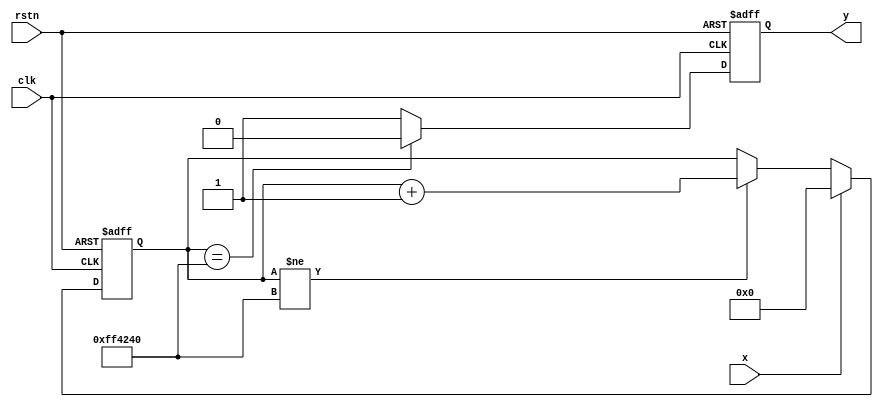
`timescale 1ns / 1ps
//////////////////////////////////////////////////////////////////////////////////
// Company: USTC
// 
// Design Name: LABH1
// Module Name: DB
// Project Name: DB
// Target Devices: xc7a100tcsg324-1
// Tool Versions: Vivado 2022.1
// Description: 
// 
// Dependencies: None
// 
// Revision: Version 1.1
// Revision 0.01 - File Created
// Additional Comments: None
// 
//////////////////////////////////////////////////////////////////////////////////

module DB #(parameter max = 24'hff4240)(
    input clk,
    input rstn,
    input x,
    output reg y
    );
    
    reg [23:0]count_n;   //100_0000=20'hf4240
    
    always @(posedge clk, negedge rstn) begin
        if(!rstn)
            count_n <= max;
        else begin
            if(x == 1) begin 
                count_n <= 0;
            end
            else begin
                if(count_n != max) begin
                    count_n <= count_n + 1;
                end
            end
        end
    end
    
    always @(posedge clk, negedge rstn) begin
        if(!rstn)
            y <= 0;
        else if(count_n == max)
            y <=  0;
        else
            y <= 1;
    end
endmodule